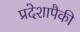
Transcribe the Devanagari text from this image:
प्रदेशापैकी